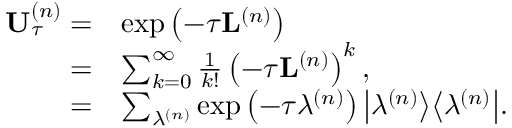
\begin{array} { r l } { \mathbf { U } _ { \tau } ^ { \left( n \right) } = } & { \exp \left( - \tau \mathbf { L } ^ { \left( n \right) } \right) } \\ { = } & { \sum _ { k = 0 } ^ { \infty } \frac { 1 } { k ! } \left( - \tau \mathbf { L } ^ { \left( n \right) } \right) ^ { k } , } \\ { = } & { \sum _ { \lambda ^ { \left( n \right) } } \exp \left( - \tau \lambda ^ { \left( n \right) } \right) \big \vert \lambda ^ { \left( n \right) } \big \rangle \big \langle \lambda ^ { \left( n \right) } \big \vert . } \end{array}